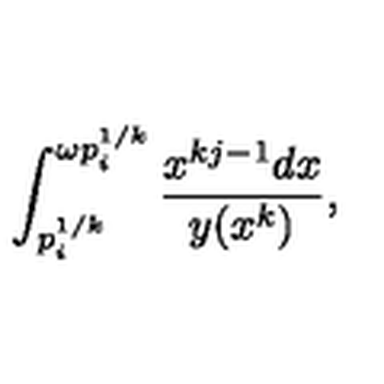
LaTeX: \int _ { p _ { i } ^ { 1 / k } } ^ { \omega p _ { i } ^ { 1 / k } } \frac { x ^ { k j - 1 } d x } { y ( x ^ { k } ) } ,